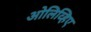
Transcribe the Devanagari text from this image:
ओलिव्हिए